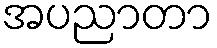
အပညာတာ